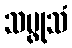
သမ္ဖုသံ